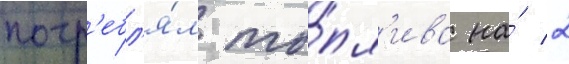
потр'ебл'я́л то́пл'ива на́ 2